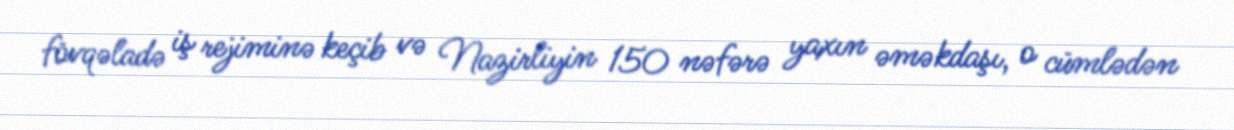
fövqəladə iş rejiminə keçib və Nazirliyin 150 nəfərə yaxın əməkdaşı, o cümlədən